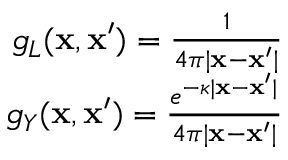
\begin{array} { r } { g _ { L } ( \mathbf { x } , \mathbf { x } ^ { \prime } ) = \frac { 1 } { 4 \pi | \mathbf { x } - \mathbf { x } ^ { \prime } | } } \\ { g _ { Y } ( \mathbf { x } , \mathbf { x } ^ { \prime } ) = \frac { e ^ { - \kappa | \mathbf { x } - \mathbf { x } ^ { \prime } | } } { 4 \pi | \mathbf { x } - \mathbf { x } ^ { \prime } | } } \end{array}